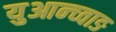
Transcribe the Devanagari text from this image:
युआन्च्वाङ